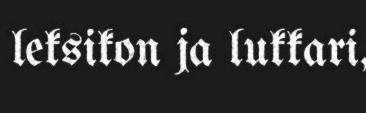
leksikon ja lukkari,